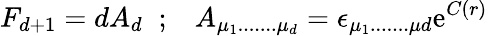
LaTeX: F_{d+1}=dA_{d}\; \; ;\; \; \; A_{\mu_{1}.......\mu_{d}}=\epsilon_{\mu_{1}.......\mu{d}}\mathrm{e}^{C(r)}